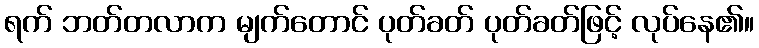
ရက် ဘတ်တလာက မျက်တောင် ပုတ်ခတ် ပုတ်ခတ်ဖြင့် လုပ်နေ၏။